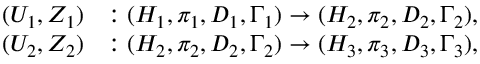
\begin{array} { r l } { ( U _ { 1 } , Z _ { 1 } ) } & { : ( H _ { 1 } , \pi _ { 1 } , D _ { 1 } , \Gamma _ { 1 } ) \to ( H _ { 2 } , \pi _ { 2 } , D _ { 2 } , \Gamma _ { 2 } ) , } \\ { ( U _ { 2 } , Z _ { 2 } ) } & { : ( H _ { 2 } , \pi _ { 2 } , D _ { 2 } , \Gamma _ { 2 } ) \to ( H _ { 3 } , \pi _ { 3 } , D _ { 3 } , \Gamma _ { 3 } ) , } \end{array}